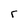
Character: r